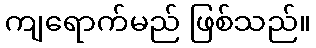
ကျရောက်မည် ဖြစ်သည်။